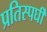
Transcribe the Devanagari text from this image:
प्रतिस्पर्घी